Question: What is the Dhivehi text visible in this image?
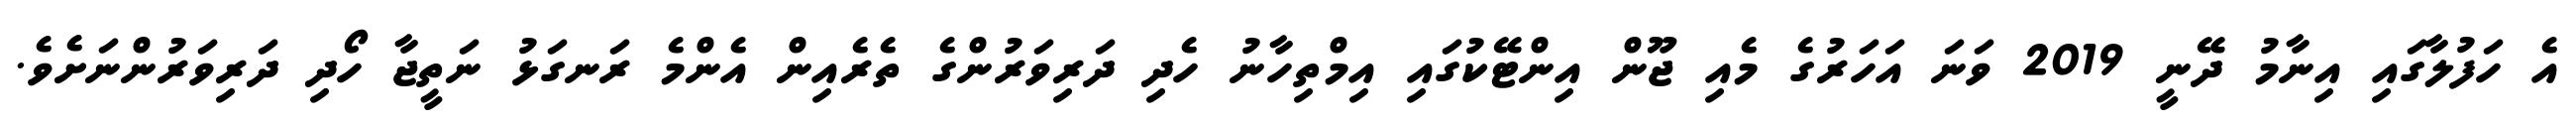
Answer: އެ ހަފުލާގައި އިނާމު ދޭނީ 2019 ވަނަ އަހަރުގެ މެއި ޖޫން އިންޓޭކުގައި އިމްތިހާނު ހެދި ދަރިވަރުންގެ ތެރެއިން އެންމެ ރަނގަޅު ނަތީޖާ ހޯދި ދަރިވަރުންނަށެވެ.